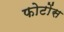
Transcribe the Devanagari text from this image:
फोटोंस